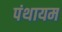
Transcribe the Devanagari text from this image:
पंथायम